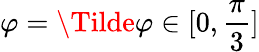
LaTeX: \varphi=\Tilde{\varphi}\in[0,\frac{\pi}{3}]